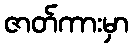
ဇာတ်ကားမှာ